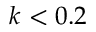
k < 0 . 2